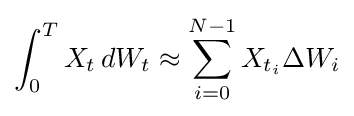
\int _{0}^{T}X_{t}\,dW_{t}\approx \sum _{i=0}^{N-1}X_{t_{i}}\Delta W_{i}